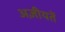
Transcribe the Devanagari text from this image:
अज़ीयतें